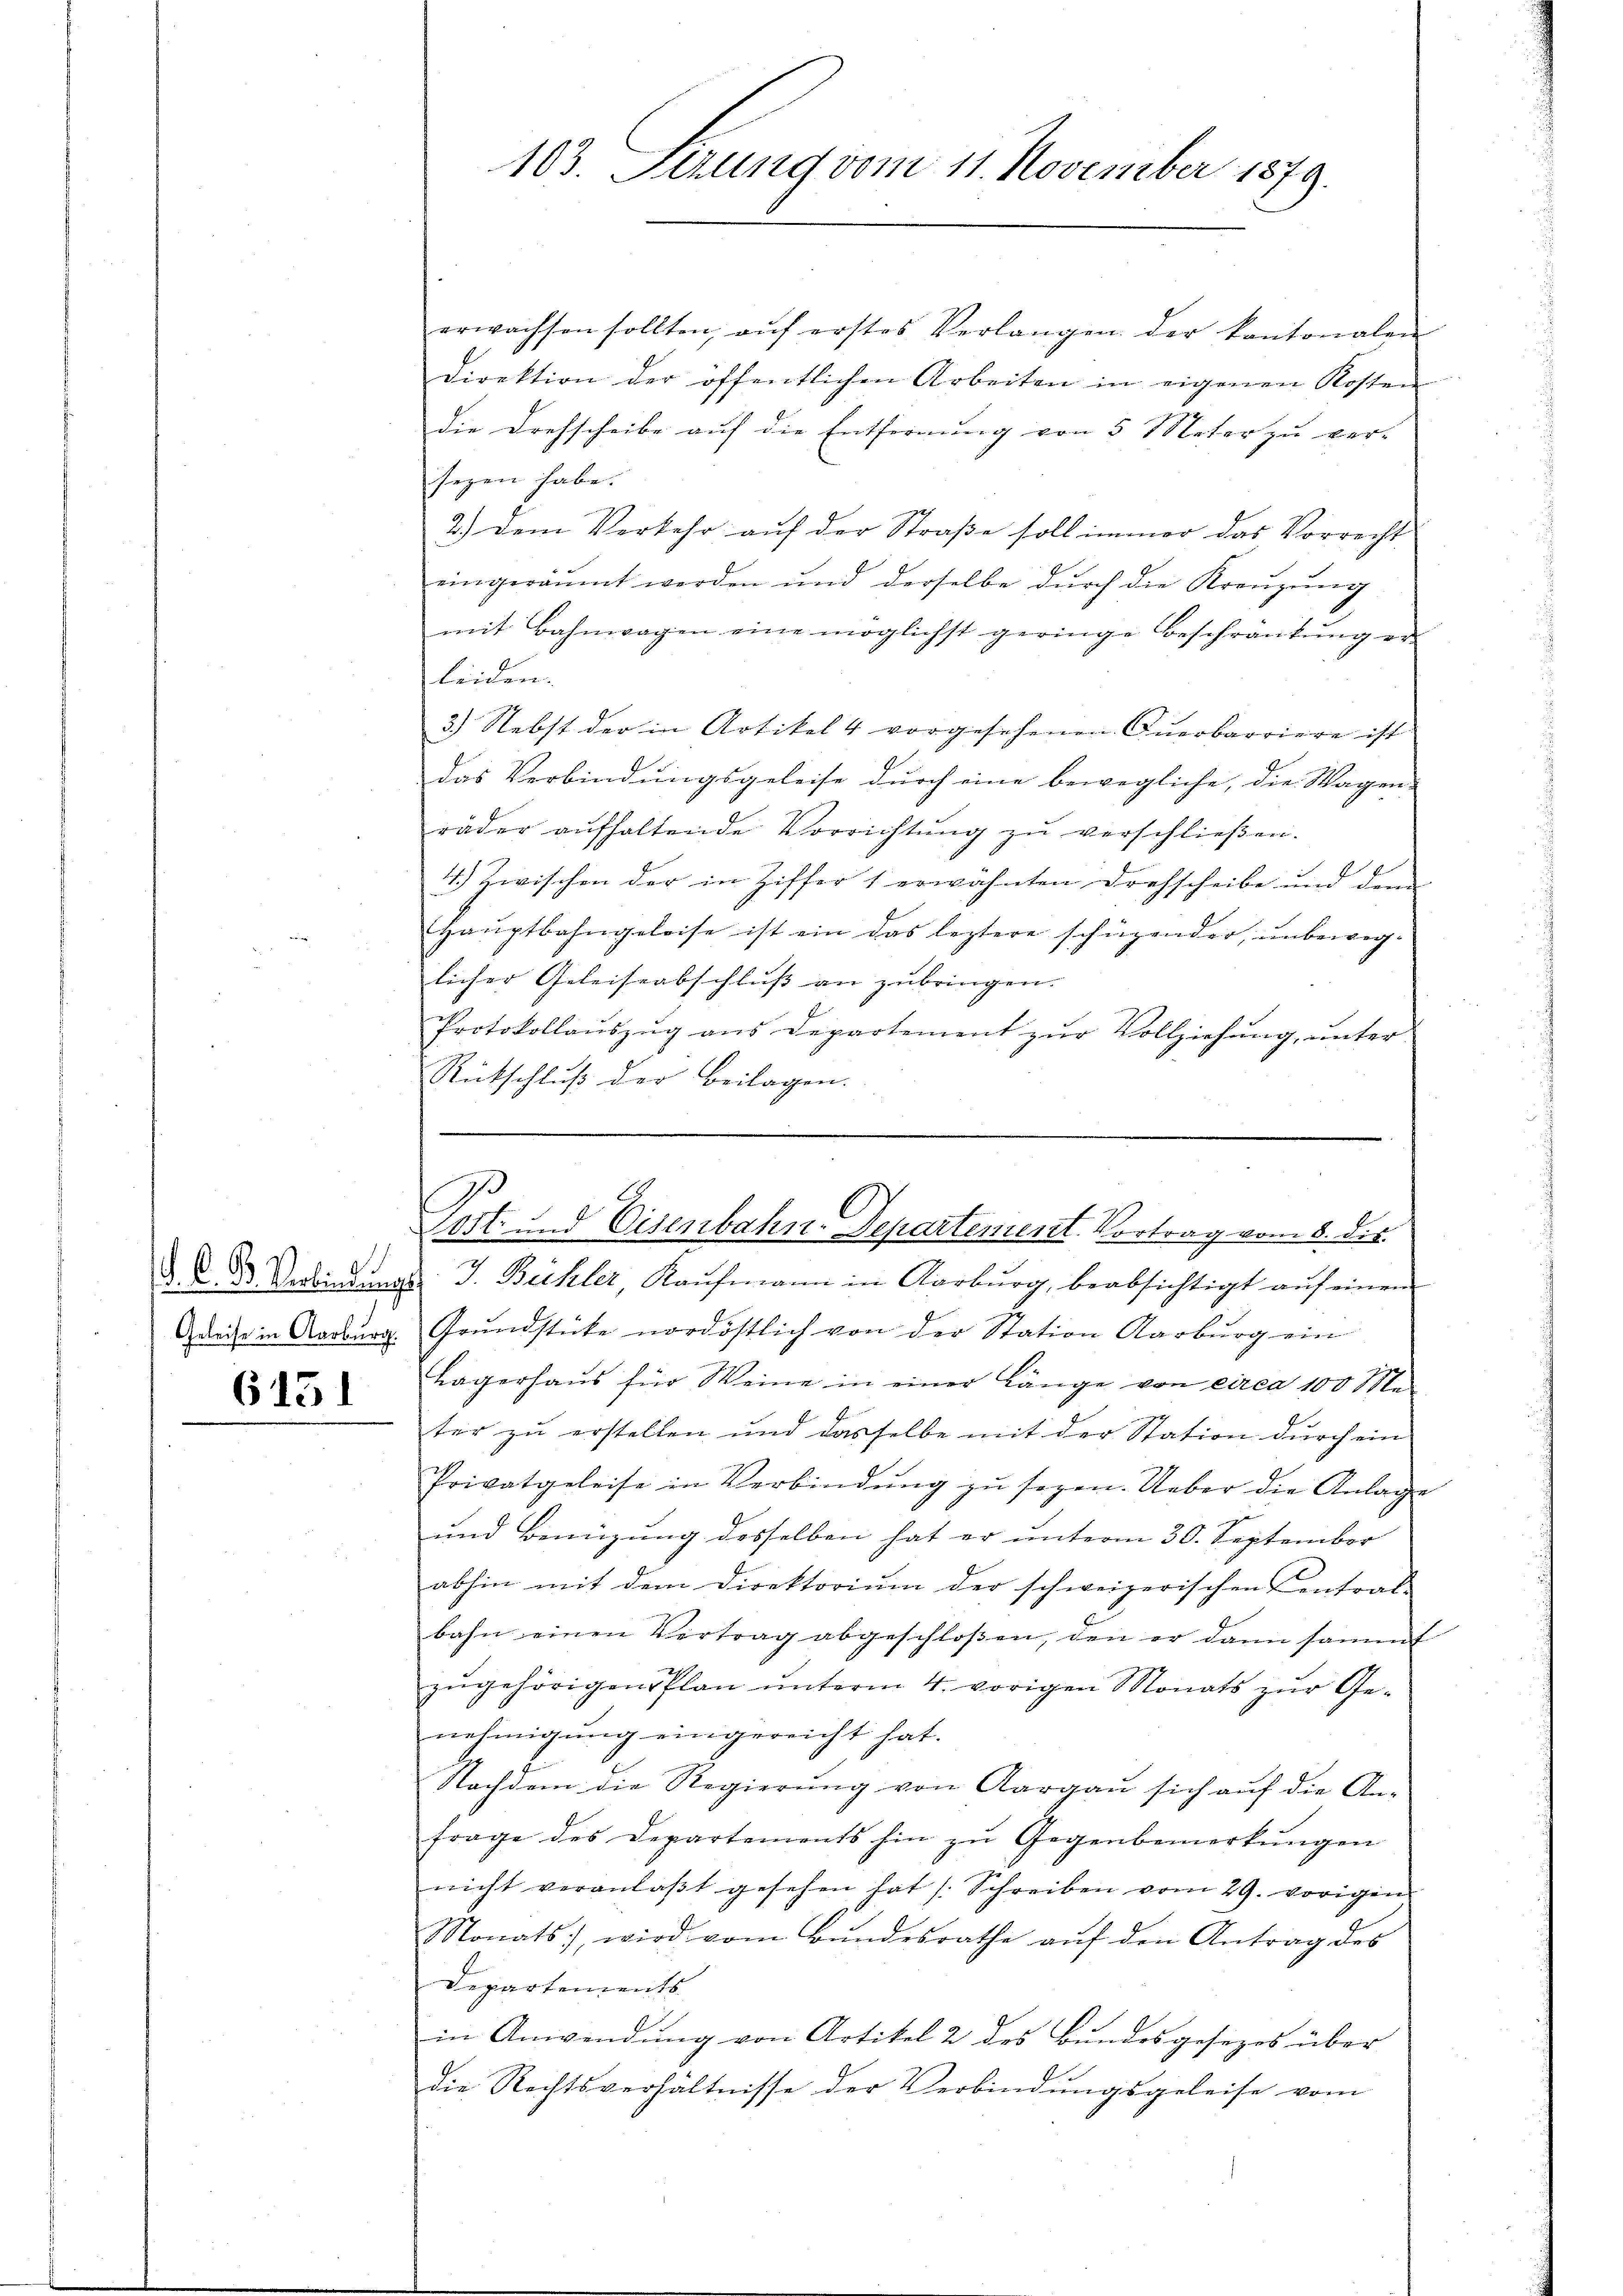
6151

erwachsen sollten, aŭf erstes Verlangen der kantonalen
Direktion der öffentlichen Arbeiten in eigenen Kosten
Die Drehscheibe auf die Entfernung von 5 Meter zu ver-
segen habe.
2.) Dem Verkehr auf der Straße soll immer das Vorrecht
eingeräumt werden und derselbe durch die Kreuzung
mit Bahnwagen eine möglichst geringe Beschränkung er-
leiden.
3.) Nebst der in Artikel 4 vorgesehenen Querbarriere ist
das Verbindungsgeleise durch eine bewegliche, die Wagen-
räder aŭfhaltende Vorrichtŭng zŭ verschlieβen.
4.) Zwischen der in Ziffer 1 erwähnten Drehscheibe und dem
Hauptbahngeleise ist ein das leztere schüzender, unbeweglicher Geleiseabschlŭβ an zubringen.
Protokollauszug aus Departement zur Vollziehung, unter
Rütschluß der Beilagen.

103. Serung vom 11. November 1879.

J
Tost und Eisenbahn-Departement. Vortrag vom 8. die

§. C. Verbindungs J. Bichler, Kaŭfmann in Aarburg, beabsichtigt aŭf einem
Greise in Aarburg. Grundstücke nordöstlich von der Station Aarburg ein
Lagerhaus für Weine in einer Länge von circa 100 Meter zu erstellen und dasselbe mit der Station durch ein
g
Privatgeleise in Verbindŭng zŭ sogen. Ueber die Anlage
und Benüzung desselben hat er unterm 30. September
abhin mit dem Direktorium der schweizerischen Central-
bahn einen Vertrag abgeschloßen, den er dann sammt
zugehörigen Plan unterm 4. vorigen Monats zur Genehmigung eingereicht hat.
Nachdem die Regierŭng von Aargau sich aŭf die An-
frage des Departements hin zŭ Gegenbemerkŭngen
nicht veranlaβt gesehen hat s. Schreiben vom 29. vorigen
Monats, wird vom Bŭndesrathe aŭf den Antrag des
Departements
in Anwendung von Artikel 2 des Bundesgesezes über
die Rechtsverhältnisse der Verbindungsgeleise vom